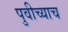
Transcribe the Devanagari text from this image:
पुवीच्याच